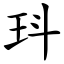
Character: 㺶